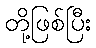
တို့ဖြစ်ပြီး